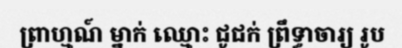
ព្រាហ្មណ៍ ម្នាក់ ឈ្មោះ ជូជក់ ព្រឹទ្ធាចារ្យ រូប